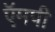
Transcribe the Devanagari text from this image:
ऍमपी